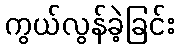
ကွယ်လွန်ခဲ့ခြင်း